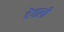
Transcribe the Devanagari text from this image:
देंगाली